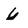
Character: 6